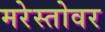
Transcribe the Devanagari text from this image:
मरेस्तोवर